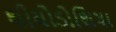
થીયોડોશિયા